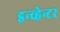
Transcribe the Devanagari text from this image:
इन्व्हेन्टर